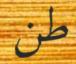
طن